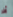
آخر